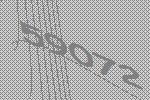
59072